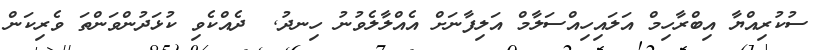
ސުކުރިއްޔާ އިބްރާހިމް އަލައިހިއްސަލާމް އަލިފާނަށް އެއްލާލެވުނު ހިނދު